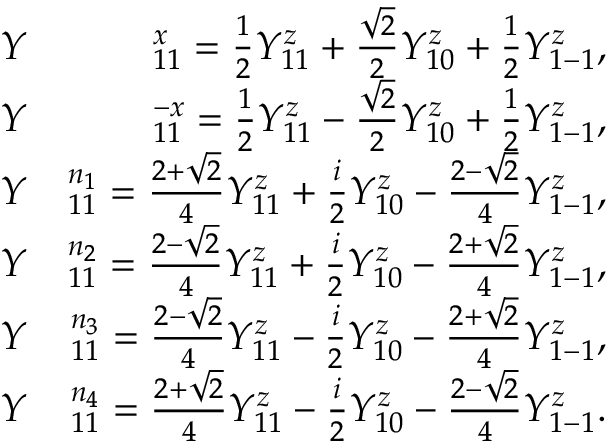
\begin{array} { r l r } & { Y } & { ^ x _ { 1 1 } = \frac { 1 } { 2 } Y _ { 1 1 } ^ { z } + \frac { \sqrt { 2 } } { 2 } Y _ { 1 0 } ^ { z } + \frac { 1 } { 2 } Y _ { 1 - 1 } ^ { z } , } \\ & { Y } & { ^ { - x } _ { 1 1 } = \frac { 1 } { 2 } Y _ { 1 1 } ^ { z } - \frac { \sqrt { 2 } } { 2 } Y _ { 1 0 } ^ { z } + \frac { 1 } { 2 } Y _ { 1 - 1 } ^ { z } , } \\ & { Y } & { ^ { n _ { 1 } } _ { 1 1 } = \frac { 2 + \sqrt { 2 } } { 4 } Y _ { 1 1 } ^ { z } + \frac { i } { 2 } Y _ { 1 0 } ^ { z } - \frac { 2 - \sqrt { 2 } } { 4 } Y _ { 1 - 1 } ^ { z } , } \\ & { Y } & { ^ { n _ { 2 } } _ { 1 1 } = \frac { 2 - \sqrt { 2 } } { 4 } Y _ { 1 1 } ^ { z } + \frac { i } { 2 } Y _ { 1 0 } ^ { z } - \frac { 2 + \sqrt { 2 } } { 4 } Y _ { 1 - 1 } ^ { z } , } \\ & { Y } & { ^ { n _ { 3 } } _ { 1 1 } = \frac { 2 - \sqrt { 2 } } { 4 } Y _ { 1 1 } ^ { z } - \frac { i } { 2 } Y _ { 1 0 } ^ { z } - \frac { 2 + \sqrt { 2 } } { 4 } Y _ { 1 - 1 } ^ { z } , } \\ & { Y } & { ^ { n _ { 4 } } _ { 1 1 } = \frac { 2 + \sqrt { 2 } } { 4 } Y _ { 1 1 } ^ { z } - \frac { i } { 2 } Y _ { 1 0 } ^ { z } - \frac { 2 - \sqrt { 2 } } { 4 } Y _ { 1 - 1 } ^ { z } . } \end{array}